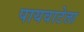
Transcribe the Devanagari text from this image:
पायवाटेला